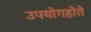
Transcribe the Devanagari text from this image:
उपयोगहोते